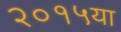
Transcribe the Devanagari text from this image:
२०१५या